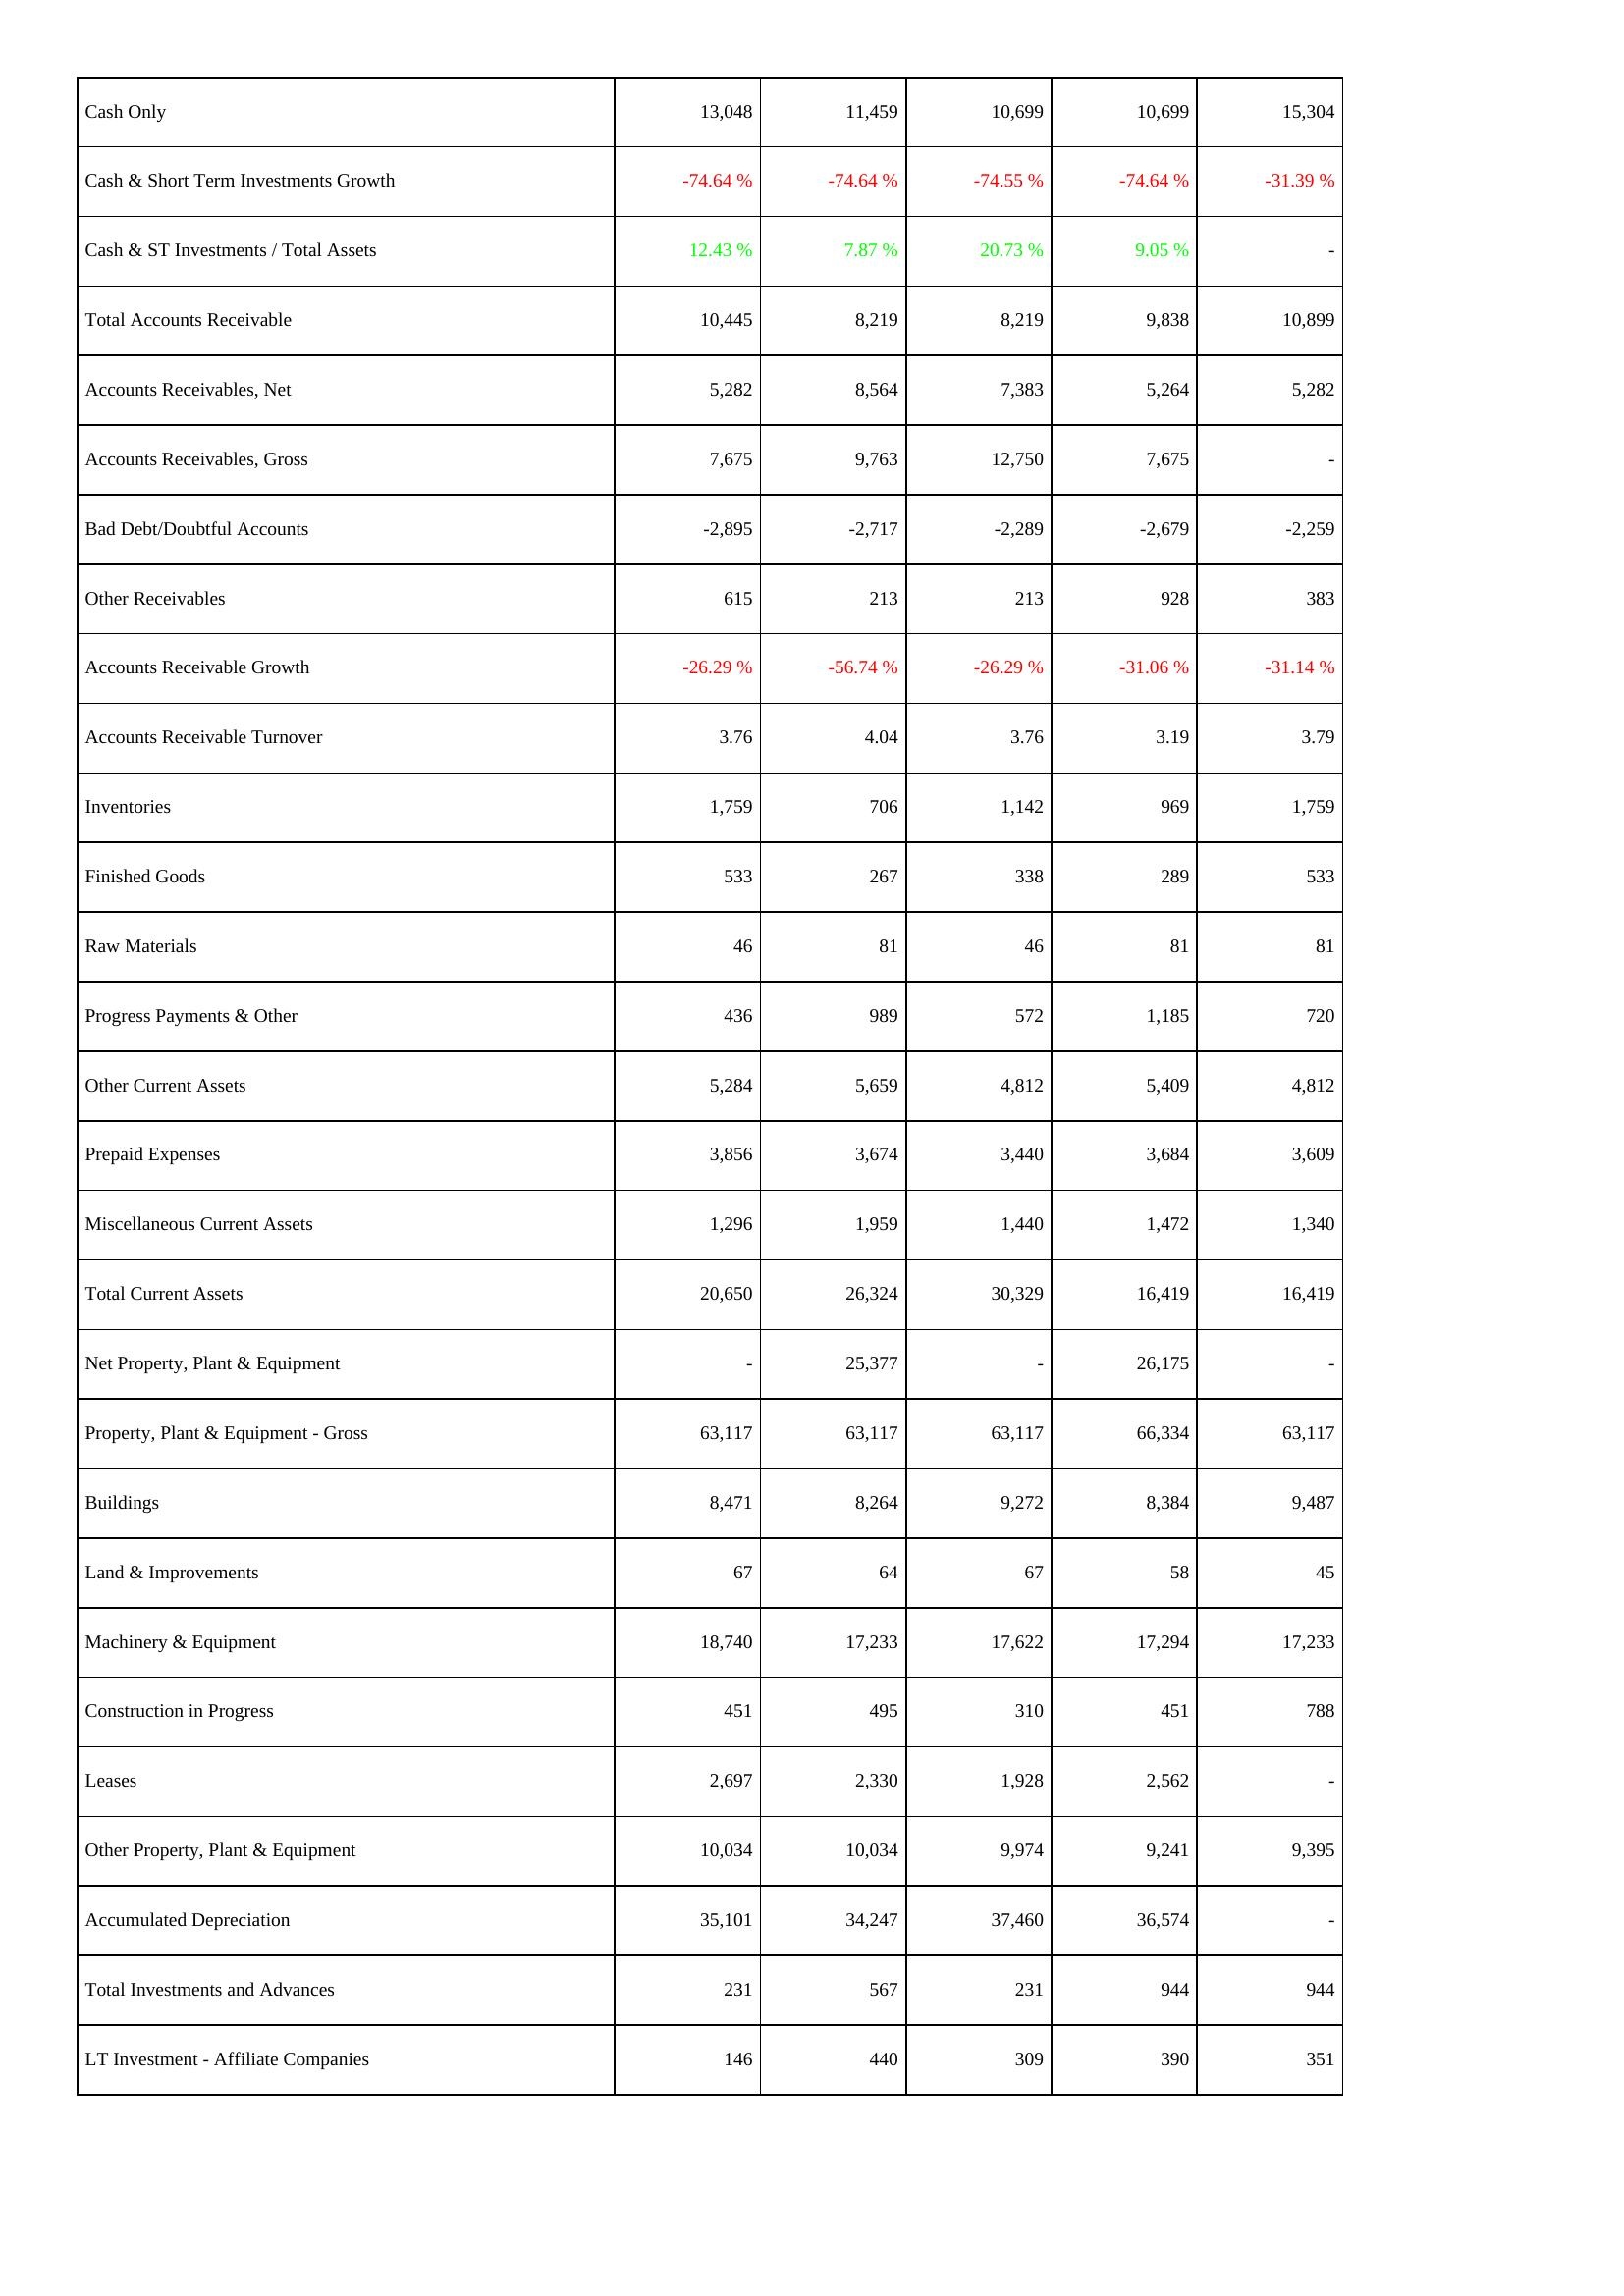
2009: Assets: Cash Only: 13,048
Cash & Short Term Investments Growth: -74.64 %
Cash & ST Investments / Total Assets: 12.43 %
Total Accounts Receivable: 10,445
Accounts Receivables, Net: 5,282
Accounts Receivables, Gross: 7,675
Bad Debt/Doubtful Accounts: -2,895
Other Receivables: 615
Accounts Receivable Growth: -26.29 %
Accounts Receivable Turnover: 3.76
Inventories: 1,759
Finished Goods: 533
Raw Materials: 46
Progress Payments & Other: 436
Other Current Assets: 5,284
Prepaid Expenses: 3,856
Miscellaneous Current Assets: 1,296
Total Current Assets: 20,650
Net Property, Plant & Equipment: -
Property, Plant & Equipment - Gross: 63,117
Buildings: 8,471
Land & Improvements: 67
Machinery & Equipment: 18,740
Construction in Progress: 451
Leases: 2,697
Other Property, Plant & Equipment: 10,034
Accumulated Depreciation: 35,101
Total Investments and Advances: 231
LT Investment - Affiliate Companies: 146
2010: Assets: Cash Only: 11,459
Cash & Short Term Investments Growth: -74.64 %
Cash & ST Investments / Total Assets: 7.87 %
Total Accounts Receivable: 8,219
Accounts Receivables, Net: 8,564
Accounts Receivables, Gross: 9,763
Bad Debt/Doubtful Accounts: -2,717
Other Receivables: 213
Accounts Receivable Growth: -56.74 %
Accounts Receivable Turnover: 4.04
Inventories: 706
Finished Goods: 267
Raw Materials: 81
Progress Payments & Other: 989
Other Current Assets: 5,659
Prepaid Expenses: 3,674
Miscellaneous Current Assets: 1,959
Total Current Assets: 26,324
Net Property, Plant & Equipment: 25,377
Property, Plant & Equipment - Gross: 63,117
Buildings: 8,264
Land & Improvements: 64
Machinery & Equipment: 17,233
Construction in Progress: 495
Leases: 2,330
Other Property, Plant & Equipment: 10,034
Accumulated Depreciation: 34,247
Total Investments and Advances: 567
LT Investment - Affiliate Companies: 440
2011: Assets: Cash Only: 10,699
Cash & Short Term Investments Growth: -74.55 %
Cash & ST Investments / Total Assets: 20.73 %
Total Accounts Receivable: 8,219
Accounts Receivables, Net: 7,383
Accounts Receivables, Gross: 12,750
Bad Debt/Doubtful Accounts: -2,289
Other Receivables: 213
Accounts Receivable Growth: -26.29 %
Accounts Receivable Turnover: 3.76
Inventories: 1,142
Finished Goods: 338
Raw Materials: 46
Progress Payments & Other: 572
Other Current Assets: 4,812
Prepaid Expenses: 3,440
Miscellaneous Current Assets: 1,440
Total Current Assets: 30,329
Net Property, Plant & Equipment: -
Property, Plant & Equipment - Gross: 63,117
Buildings: 9,272
Land & Improvements: 67
Machinery & Equipment: 17,622
Construction in Progress: 310
Leases: 1,928
Other Property, Plant & Equipment: 9,974
Accumulated Depreciation: 37,460
Total Investments and Advances: 231
LT Investment - Affiliate Companies: 309
2012: Assets: Cash Only: 10,699
Cash & Short Term Investments Growth: -74.64 %
Cash & ST Investments / Total Assets: 9.05 %
Total Accounts Receivable: 9,838
Accounts Receivables, Net: 5,264
Accounts Receivables, Gross: 7,675
Bad Debt/Doubtful Accounts: -2,679
Other Receivables: 928
Accounts Receivable Growth: -31.06 %
Accounts Receivable Turnover: 3.19
Inventories: 969
Finished Goods: 289
Raw Materials: 81
Progress Payments & Other: 1,185
Other Current Assets: 5,409
Prepaid Expenses: 3,684
Miscellaneous Current Assets: 1,472
Total Current Assets: 16,419
Net Property, Plant & Equipment: 26,175
Property, Plant & Equipment - Gross: 66,334
Buildings: 8,384
Land & Improvements: 58
Machinery & Equipment: 17,294
Construction in Progress: 451
Leases: 2,562
Other Property, Plant & Equipment: 9,241
Accumulated Depreciation: 36,574
Total Investments and Advances: 944
LT Investment - Affiliate Companies: 390
2013: Assets: Cash Only: 15,304
Cash & Short Term Investments Growth: -31.39 %
Cash & ST Investments / Total Assets: -
Total Accounts Receivable: 10,899
Accounts Receivables, Net: 5,282
Accounts Receivables, Gross: -
Bad Debt/Doubtful Accounts: -2,259
Other Receivables: 383
Accounts Receivable Growth: -31.14 %
Accounts Receivable Turnover: 3.79
Inventories: 1,759
Finished Goods: 533
Raw Materials: 81
Progress Payments & Other: 720
Other Current Assets: 4,812
Prepaid Expenses: 3,609
Miscellaneous Current Assets: 1,340
Total Current Assets: 16,419
Net Property, Plant & Equipment: -
Property, Plant & Equipment - Gross: 63,117
Buildings: 9,487
Land & Improvements: 45
Machinery & Equipment: 17,233
Construction in Progress: 788
Leases: -
Other Property, Plant & Equipment: 9,395
Accumulated Depreciation: -
Total Investments and Advances: 944
LT Investment - Affiliate Companies: 351